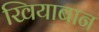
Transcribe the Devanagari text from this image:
खियाबान